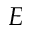
E